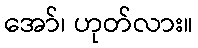
အော်၊ ဟုတ်လား။